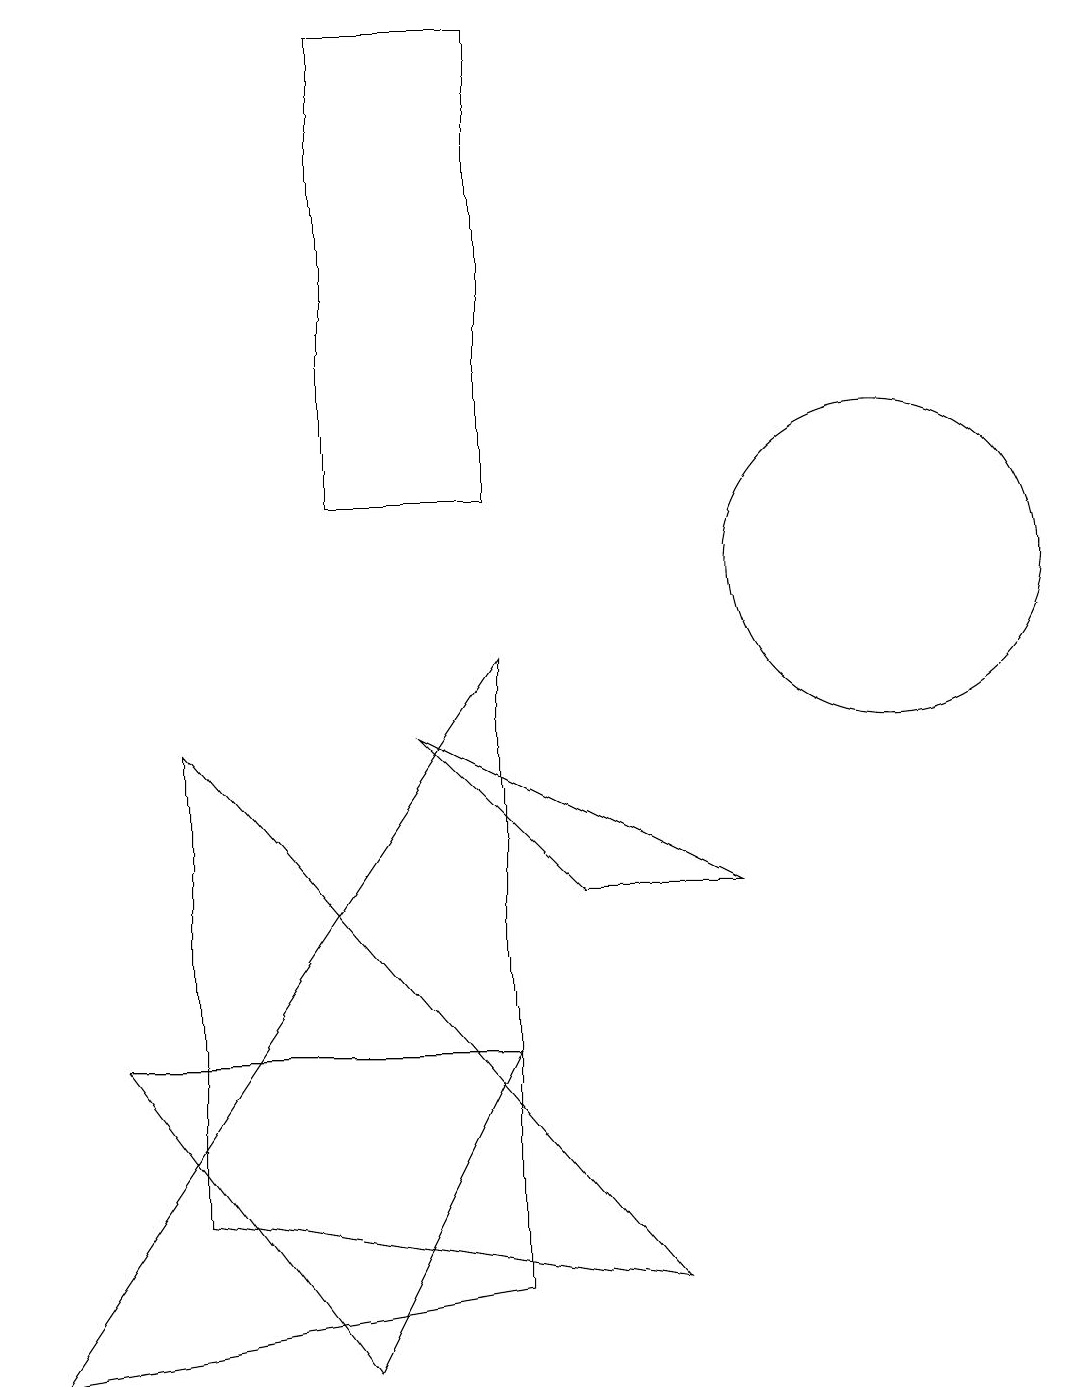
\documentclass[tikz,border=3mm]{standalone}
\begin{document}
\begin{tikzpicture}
\draw (6,1) -- (0,0) -- (6,9) -- cycle;
\draw (4,0) -- (6,4) -- (1,4) -- cycle;
\draw (5,8) -- (9,6) -- (7,6) -- cycle;
\draw (2,8) -- (8,1) -- (2,2) -- cycle;
\draw (6,11) rectangle (4,17);
\draw (11,10) circle (2);
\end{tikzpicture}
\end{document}